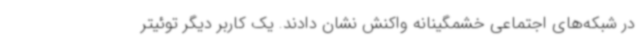
در شبکه‌های اجتماعی خشمگینانه واکنش نشان دادند. یک کاربر دیگر توئیتر